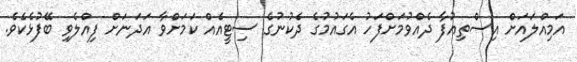
އަމިއްލައަށް އިސްތިއުފާ ދެއްވުމަށްފަހު އެގައުމުގެ ދެކުނުގެ ސިޓީއެއް ކަމަށްވާ އަދަނަށް ފިއްލެވި ބޭފުޅެކެވެ.